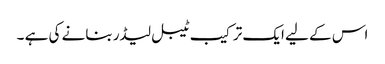
اس کے لیے ایک ترکیب ٹیبل لیڈر بنانے کی ہے ۔